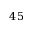
4 5